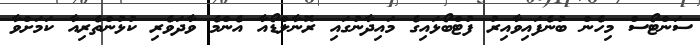
ސަންޓޯސް މިހެން ބުނެފައިވާއިރު ފުޓްބޯޅައިގެ މައިދާނުގައި ރޮނާލްޑޯއާ އެންމެ ވާދަވެރި ކުޅުންތެރިއާ ކަމަށްވާ